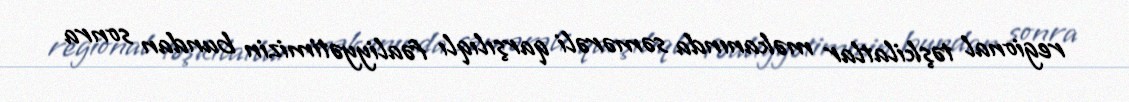
regional təşkilatlar məkanında səmərəli qarşılıqlı fəaliyyətimizin bundan sonra